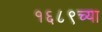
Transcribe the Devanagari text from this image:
१६८९च्या